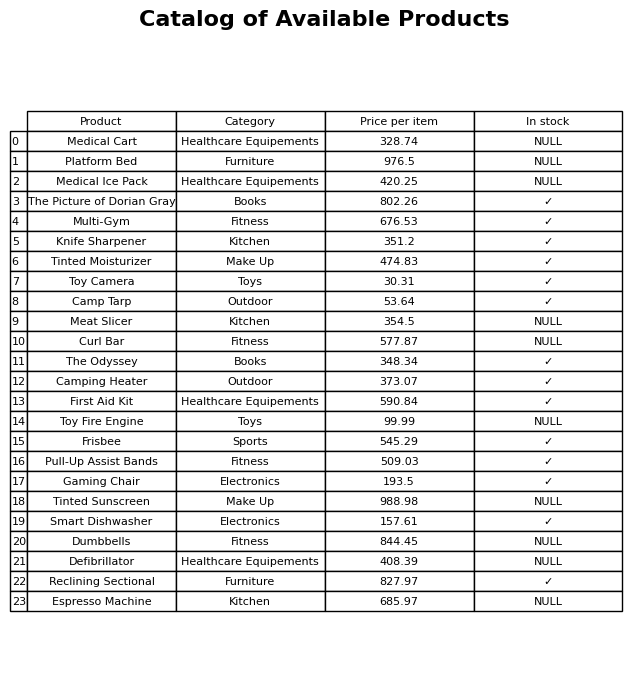
question: What is the stock status of the Espresso Machine?
answer: NULL